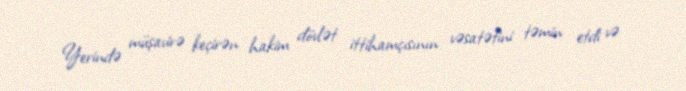
Yerində müşavirə keçirən hakim dövlət ittihamçısının vəsatətini təmin etdi və